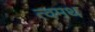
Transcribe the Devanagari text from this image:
त्वमथ